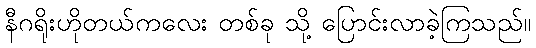
နီဂရိုးဟိုတယ်ကလေး တစ်ခု သို့ ပြောင်းလာခဲ့ကြသည်။